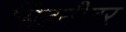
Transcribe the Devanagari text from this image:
सिडनीवर